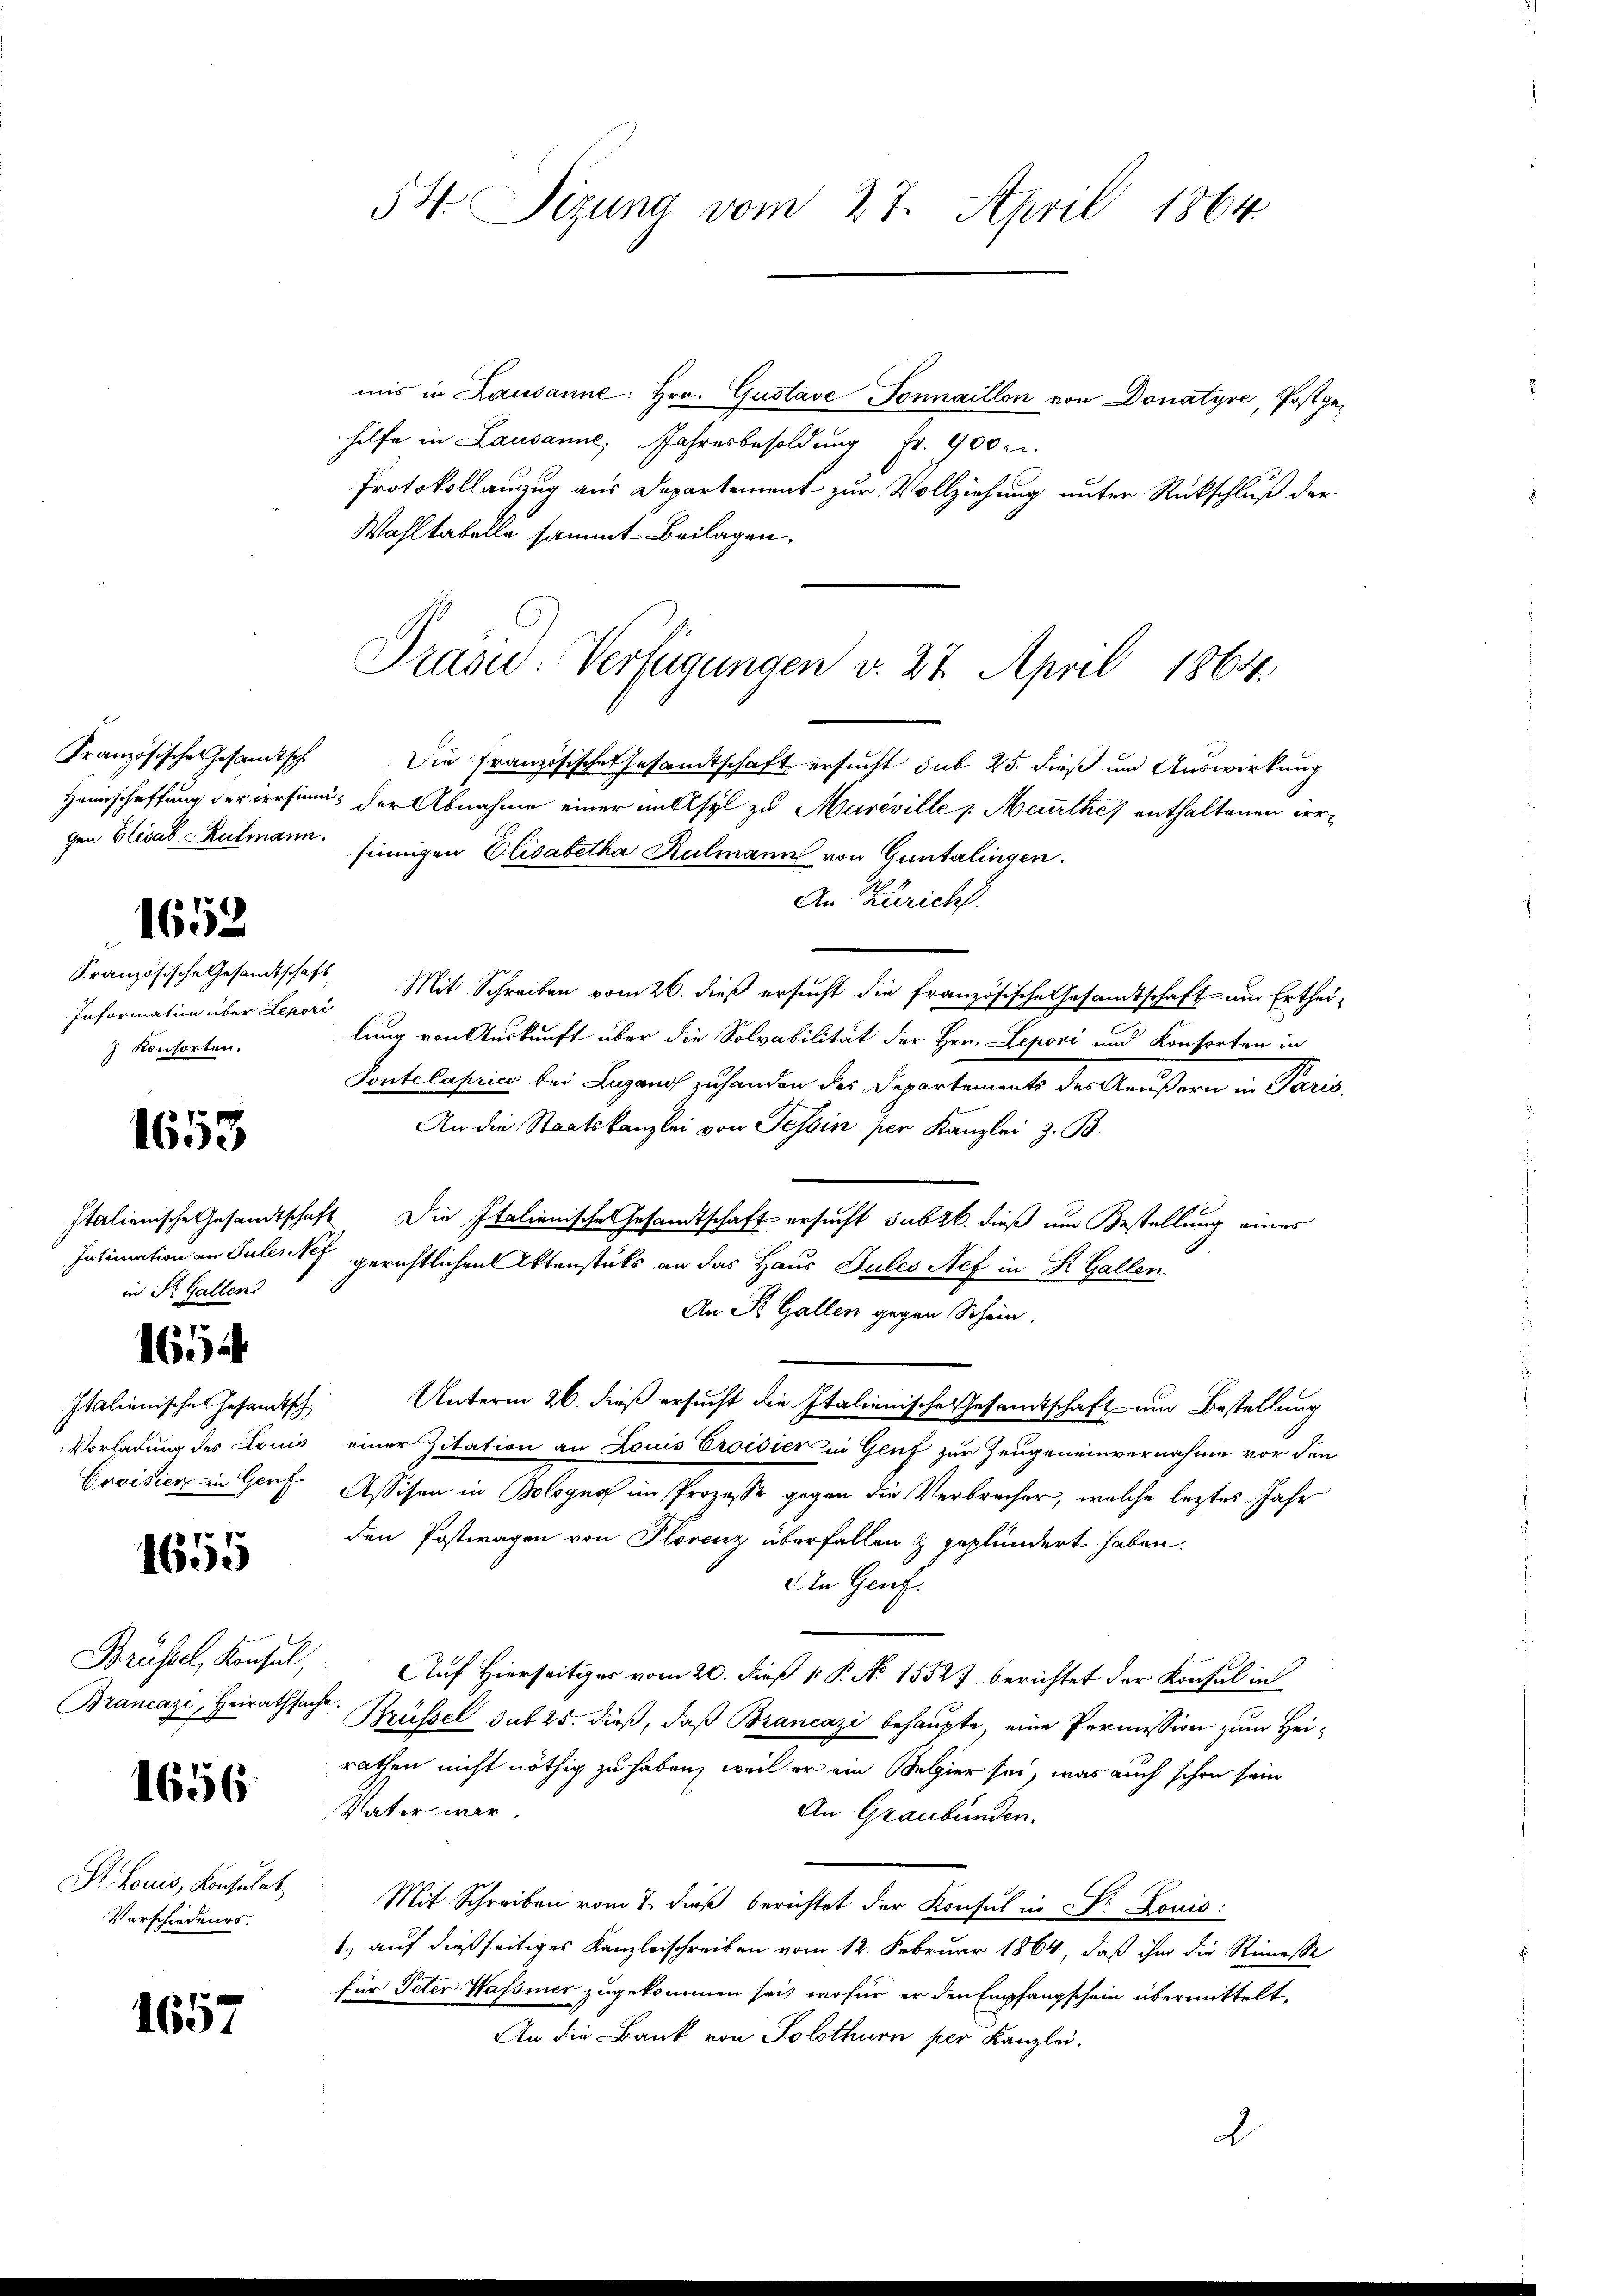
Französische Gesandtsch

1652

Information über Lepori
) Konsorten.

1653

in St. Gallens

7
160

Italienische Gesandtsch

1655

Brancazi, Heirathsache.

1656

Dr. Louis, Konsulat
Verschiedenes.

1657

54. Sizung vom 27. April 1864

mis in Lausanne: Hrn. Gustave Tonnaillon von Donatyre, Postgehilfe in Lausanne, Jahresbesoldung Fr. 900 c.
Protokollauszug aus Departement zur Vollziehung unter Rückschluß der
Wahltabelle sammt Beilagen.

Die Französische Gesandtschaft ersucht sub 25. dieß um Auswirkung
Heimschaffung der versinn, der Abnahme einer nettsyl zu Mareville /: Meurthey enthaltenen irrgen Elisab. Kulmann sinnigen Elisabetha Kulmann von Guntalingen.
An Zürich.
Französische Gesandtschaft Mit Schreiben vom 26. dieß ersucht die französische Gesandtschaft um Ertheilung von Auskunft über die Solvabilität der Hrn. Lepori und Konsorten in
Pontelaprico bei Lugano zuhanden des Departements des Aeußern in Paris,
An die Staatskanzlei von Tessin per Kanzlei z. B.
Italienische Gesandtschaft Die Italienische Gesandtschaft ersucht subzb. dieß um Bestellung eines
Intimation an Suleskef gerichtlichen Aktenstuts an das Haus Pules Nef in St. Gallen.
An St. Gallen gegen Schein.
Unterm 26. dieß ersucht die Italienische Gesamtschaft um Bestellung
Vorladung des Louis einer Zitation an Louis Croisier in Genf zur Zeugeneinvernahme vor den
Croisier in Genf Assisen in Bologna im Prozesse gegen die Verbrecher, welche leztes Jahr
den Postwagen von Plorenz überfallen & geplündert haben.
An Gruf:
Brüssel, Konsul, Auf Hierseitiger vom 20. dieß P. No 15527 berichtet der Konsul in
Brüssel sub 25. dieß, daß Brancazi behaupte, eine Permission zum Heirathen nicht nöthig zu haben, weil er ein Belgier sei, was auch schon sein
Vater war,
An Graubünden.
Mit Schreiben vom 7. dieß berichtet der Konsul in Dr. Louis:
1., auf dießseitiges Kanzleischreiben vom 12. Februar 1864, daß ihm die Remesse
für Peter Wassier zugekommen sei, wofür er den Empfangschein übermittelt.
An die Bank von Solothurn per Kanzlei.
d

Präsid.- Verfügungen v. 27. April 1864.